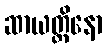
ဆာယတ္ထိနော